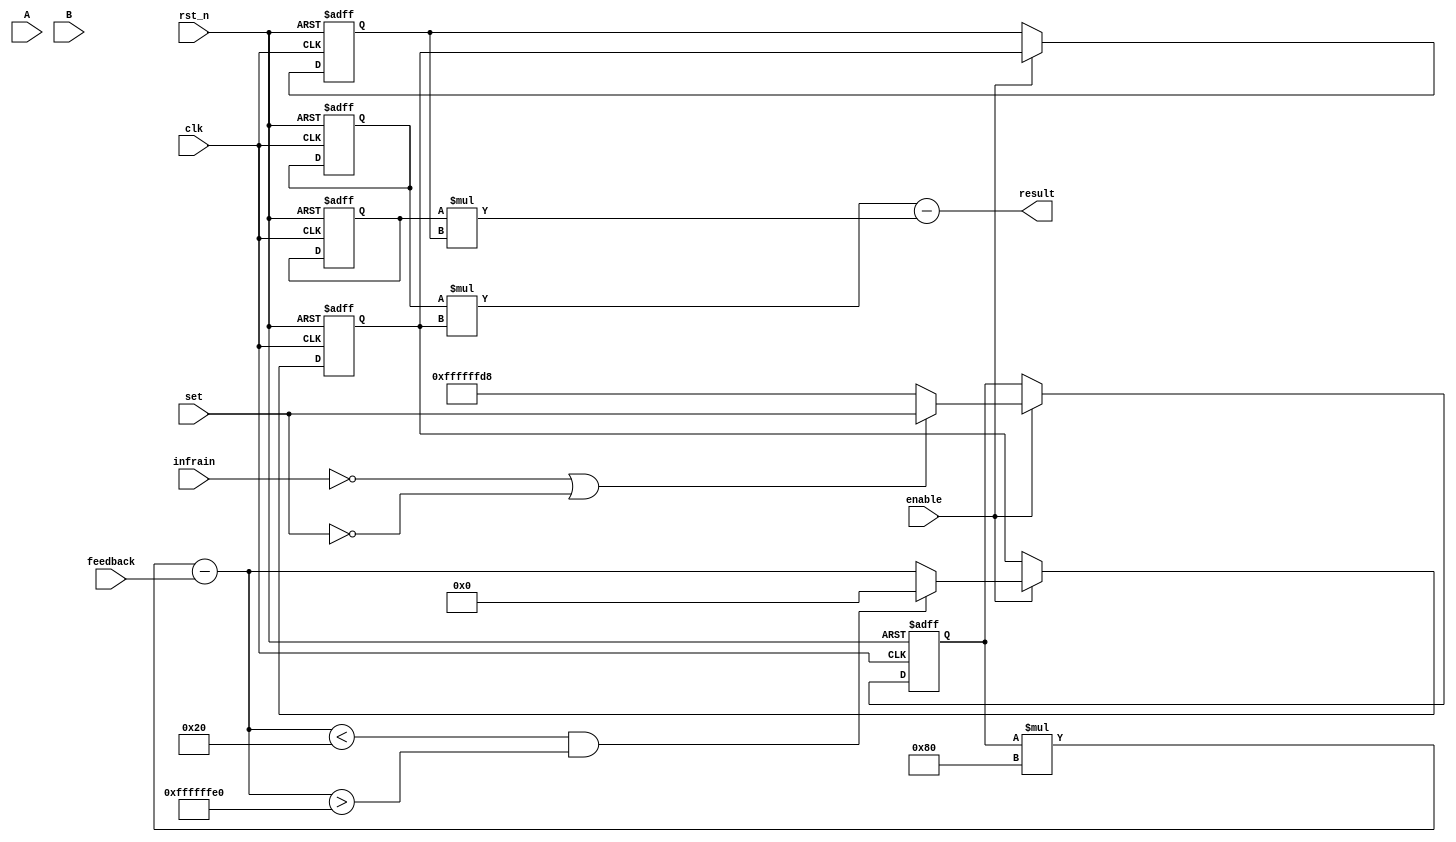
module PI_ver_db(clk,rst_n,enable,set,feedback,A,B,infrain,result);//add infrain
input clk,rst_n,enable, infrain;
input [31:0]set;
input [31:0]feedback;
output [31:0]result;
wire [31:0]result;
input [31:0] A;//A=Kp+Ki;
input [31:0] B;//B=Kp;
reg [31:0] Error;
reg [31:0] preError;
reg [31:0] set_buffer;

wire [31:0] P_buffer;
wire [31:0] I_buffer;
reg [31:0]A_t,B_t;
//reg [15:0]result_buffer;
reg [31:0]delta;
//parameter OPEN_DRIBBLE_VALUE = 32'sd100;
 
always @(posedge clk or negedge rst_n)
begin
if(!rst_n)
	begin
		//A_t<= 32'd360; //when level 1, a little stuck
		//A_t <= 32'd720;// Kp + Ki
		A_t <= 32'd360;// Kp + Ki
		B_t<= 32'd210;
		Error<=32'sd0;
		preError<=32'sd0;
		set_buffer = 32'sd0;//when infrain is logic true, the set = set_buffer
	end
else
	begin
		if(enable==1'b1)
		begin
		    //if(set == 0)
		    //begin
		    //    A_t<= 100;
		    //    B_t<= 70;
		    //end
		    //else
		    //begin
		    //    A_t<= A; 
		    //    B_t<= B;
		    //end
		    preError<=Error;
		    
		    if((infrain == 1'b0) || (set == 0))// ball is detected
				set_buffer <= set;
			else 
				set_buffer <= -32'd40;
				
				
		    if((set_buffer *128-feedback < 32) && (set_buffer *128-feedback > -32))
		        Error <= 0;
		    else
			    Error <= set_buffer *128-feedback;	
		end
		else ;
	end
end//end always

assign P_buffer=A_t*Error;
assign I_buffer=B_t*preError;
//LPM_multi LPM_multi_t1(A,Error,P_buffer);
//LPM_multi LPM_multi_t2(B,preError,I_buffer);

always @(P_buffer,I_buffer)
begin
	 delta<=P_buffer-I_buffer;	
end//end always
assign result=delta;
endmodule